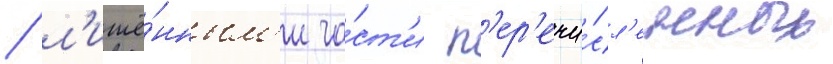
/ л'ишё́нным'и ча́ст'и п'ер'ечи́сл'енных